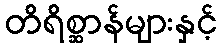
တိရိစ္ဆာန်များနှင့်